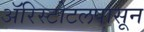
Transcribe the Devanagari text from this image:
ॲरिस्टोटलपासून